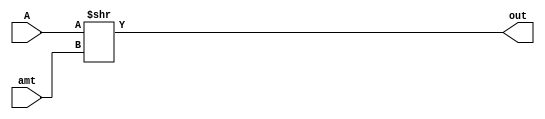
`timescale 1ns / 1ps

module RightShift 
#(  parameter BIT_SIZE = 24,
    parameter SHIFT_SIZE = 8)
(
    input [ BIT_SIZE-1:0] A,
    input [ SHIFT_SIZE-1:0] amt,
    output [ BIT_SIZE-1:0] out
    );

assign out = A >> amt;

endmodule